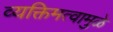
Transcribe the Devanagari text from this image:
व्यक्तिमत्वामुळे